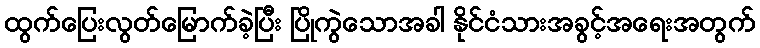
ထွက်ပြေးလွတ်မြောက်ခဲ့ပြီး ပြိုကွဲသောအခါ နိုင်ငံသားအခွင့်အရေးအတွက်